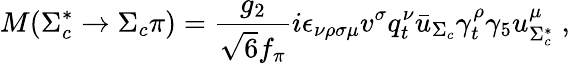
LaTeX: M(\Sigma_{c}^{*}\to\Sigma_{c}\pi)={\frac{g_{2}}{\sqrt{6}f_{\pi}}}i\epsilon_{\nu\rho\sigma\mu}v^{\sigma}q_{t}^{\nu}{\bar{u}}_{\Sigma_{c}}\gamma_{t}^{\rho}\gamma_{5}u_{\Sigma_{c}^{*}}^{\mu}\; ,